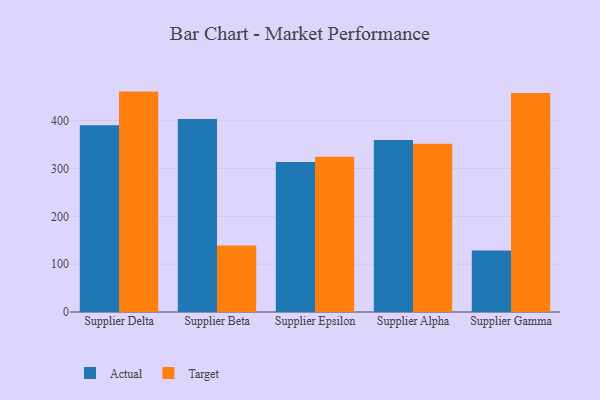
{"axis": {"x": "Supplier", "y": "Waste Production (Tons)"}, "legend": ["Actual", "Target"], "data": [{"x": "Supplier Delta", "y": 390.4, "type": "Actual"}, {"x": "Supplier Delta", "y": 460.9, "type": "Target"}, {"x": "Supplier Beta", "y": 403.7, "type": "Actual"}, {"x": "Supplier Beta", "y": 139.1, "type": "Target"}, {"x": "Supplier Epsilon", "y": 313.5, "type": "Actual"}, {"x": "Supplier Epsilon", "y": 324.4, "type": "Target"}, {"x": "Supplier Alpha", "y": 359.7, "type": "Actual"}, {"x": "Supplier Alpha", "y": 351.7, "type": "Target"}, {"x": "Supplier Gamma", "y": 128.7, "type": "Actual"}, {"x": "Supplier Gamma", "y": 457.9, "type": "Target"}]}